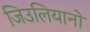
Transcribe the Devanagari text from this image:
जिउलियानो